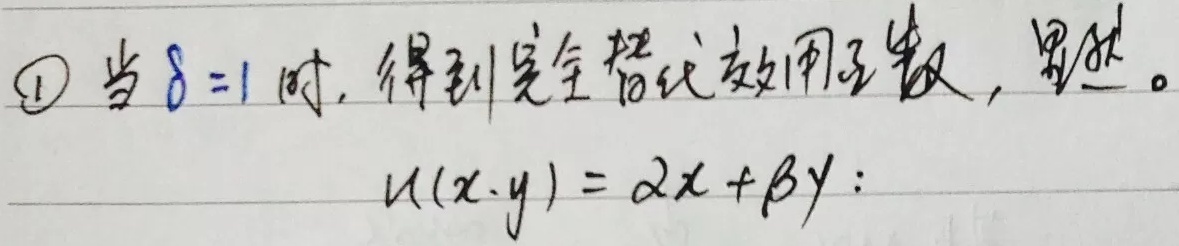
\textcircled{1} 当\(\delta = 1\)时，得到完全替代效用函数，显然。
\[u(x,y)=\alpha x+\beta y\]